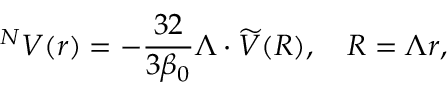
^ N V ( r ) = - \frac { 3 2 } { 3 \beta _ { 0 } } \Lambda \cdot \widetilde { V } ( R ) , \quad R = \Lambda r ,